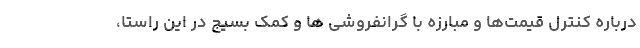
درباره کنترل قیمت‌ها و مبارزه با گرانفروشی ها و کمک بسیج در این راستا،